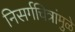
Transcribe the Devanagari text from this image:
निसर्गचित्रांमुळे